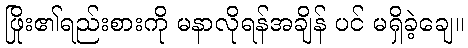
ဖြိုး၏ရည်းစားကို မနာလိုရန်အချိန် ပင် မရှိခဲ့ချေ။